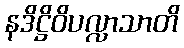
နဒိဋ္ဌိဝိပလ္လာသာတိ